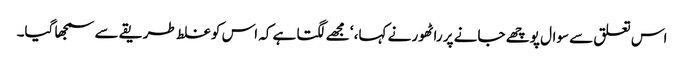
اس تعلق سے سوال پوچھے جانے پر راٹھور نے کہا، ‘ مجھے لگتا ہے کہ اس کو غلط طریقے سے سمجھا گیا۔